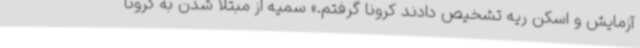
آزمایش و اسکن ریه تشخیص دادند کرونا گرفتم.» سمیه از مبتلا شدن به کرونا